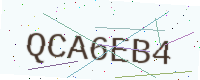
Text: QCA6EB4